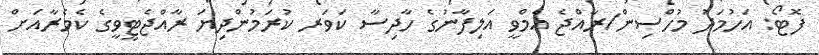
ފޮޓޯ: އަހުމަދު މުހްސިން/ރާއްޖެ އެމްވީ އަލިފާނުގެ ހާދިސާ ކަވަރ ކުރަމުންދިޔަ ރާއްޖެޓީވީގެ ކެމެރާއަށް